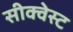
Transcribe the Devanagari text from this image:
सीक्वेस्ट